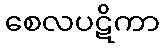
စေလပဋိကာ